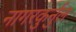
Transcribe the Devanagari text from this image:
नागरकुर्नुल